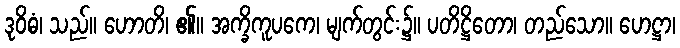
ဒုဝိဓံ၊ သည်။ ဟောတိ၊ ၏။ အက္ခိကူပကေ၊ မျက်တွင်း၌။ ပတိဋ္ဌိတော၊ တည်သော။ ဟေဋ္ဌာ၊